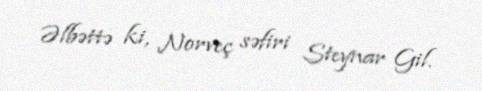
Əlbəttə ki, Norveç səfiri Steynar Gil.